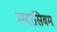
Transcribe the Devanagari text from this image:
सदासिवम